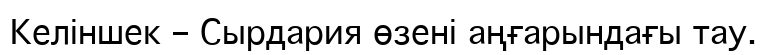
Келіншек – Сырдария өзені аңғарындағы тау.